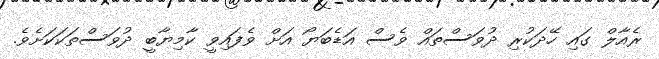
ރެއާލް ގައި ހޭދަކުރި ދުވަސްތައް ވެސް އަޑެބަޔޯ އަށް ވެފައިވީ ކާމިޔާބީ ދުވަސްތަކަކަށެވެ.